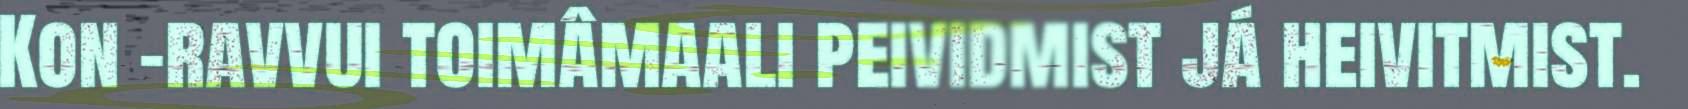
Kon -ravvui toimâmaali peividmist já heivitmist.